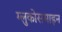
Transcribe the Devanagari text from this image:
ग्लुकोसमाइन